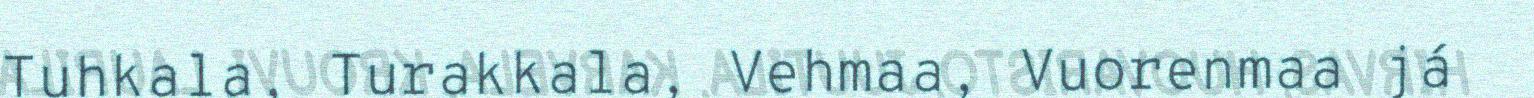
Tuhkala, Turakkala, Vehmaa, Vuorenmaa já